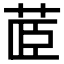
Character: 𮎼